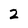
Character: z